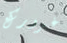
غرورك